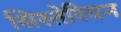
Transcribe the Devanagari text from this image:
सिस्तेरियन